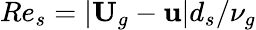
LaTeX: Re_{s}=|\textbf{U}_{g}-\textbf{u}|d_{s}/\nu_{g}